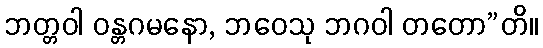
ဘတ္တဝါ ဝန္တဂမနော, ဘဝေသု ဘဂဝါ တတော”တိ။